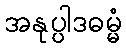
အနုပ္ပါဒဓမ္မံ